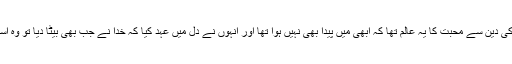
میرے والد صاحب کی دین سے محبت کا یہ عالم تھا کہ ابھی میں پیدا بھی نہیں ہوا تھا اور انہوں نے دل میں عہد کیا کہ خدا نے جب بھی بیٹا دیا تو وہ اسکو عالم بنائیں گے ۔